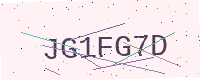
Text: JG1FG7D